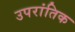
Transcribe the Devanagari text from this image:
उपरांतिक